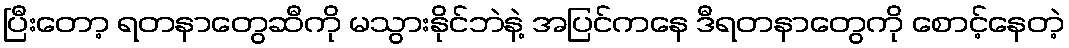
ပြီးတော့ ရတနာတွေဆီကို မသွားနိုင်ဘဲနဲ့ အပြင်ကနေ ဒီရတနာတွေကို စောင့်နေတဲ့